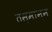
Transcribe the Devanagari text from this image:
तस्मान्न